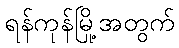
ရန်ကုန်မြို့အတွက်